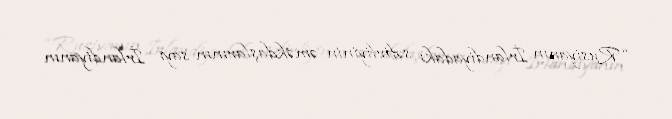
“Rusiyanın İrlandiyadakı səfirliyinin əməkdaşlarının sayı İrlandiyanın